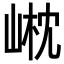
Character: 𡹟